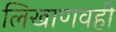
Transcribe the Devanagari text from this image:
लिखाणवही